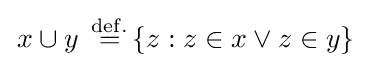
\left.x\cup y\right.\,{\overset {\mathrm {def.} }{=}}\left\{z:z\in x\vee z\in y\right\}